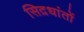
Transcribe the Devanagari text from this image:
सिद़धांतों